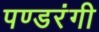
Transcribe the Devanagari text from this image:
पण्डरंगी